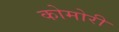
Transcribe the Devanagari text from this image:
कोमोरी